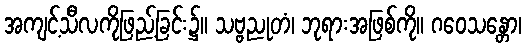
အကျင့်သီလကိုဖြည့်ခြင်း၌။ သဗ္ဗညုတံ၊ ဘုရားအဖြစ်ကို။ ဂဝေသန္တော၊